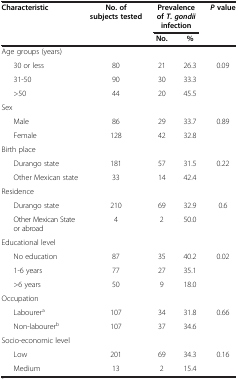
| Characteristic | No. of subjects tested | <COLSPAN=2> Prevalence of T. gondii infection | P value |
 |  |  | No. | % |  |
 | --- | --- | --- | --- | --- |
 | Age groups (years) |  |  |  |  |
 | 30 or less | 80 | 21 | 26.3 | 0.09 |
 | 31-50 | 90 | 30 | 33.3 |  |
 | >50 | 44 | 20 | 45.5 |  |
 | Sex |  |  |  |  |
 | Male | 86 | 29 | 33.7 | 0.89 |
 | Female | 128 | 42 | 32.8 |  |
 | Birth place |  |  |  |  |
 | Durango state | 181 | 57 | 31.5 | 0.22 |
 | Other Mexican state | 33 | 14 | 42.4 |  |
 | Residence |  |  |  |  |
 | Durango state | 210 | 69 | 32.9 | 0.6 |
 | Other Mexican State or abroad | 4 | 2 | 50.0 |  |
 | Educational level |  |  |  |  |
 | No education | 87 | 35 | 40.2 | 0.02 |
 | 1-6 years | 77 | 27 | 35.1 |  |
 | >6 years | 50 | 9 | 18.0 |  |
 | Occupation |  |  |  |  |
 | Labourera | 107 | 34 | 31.8 | 0.66 |
 | Non-labourerb | 107 | 37 | 34.6 |  |
 | Socio-economic level |  |  |  |  |
 | Low | 201 | 69 | 34.3 | 0.16 |
 | Medium | 13 | 2 | 15.4 |  |